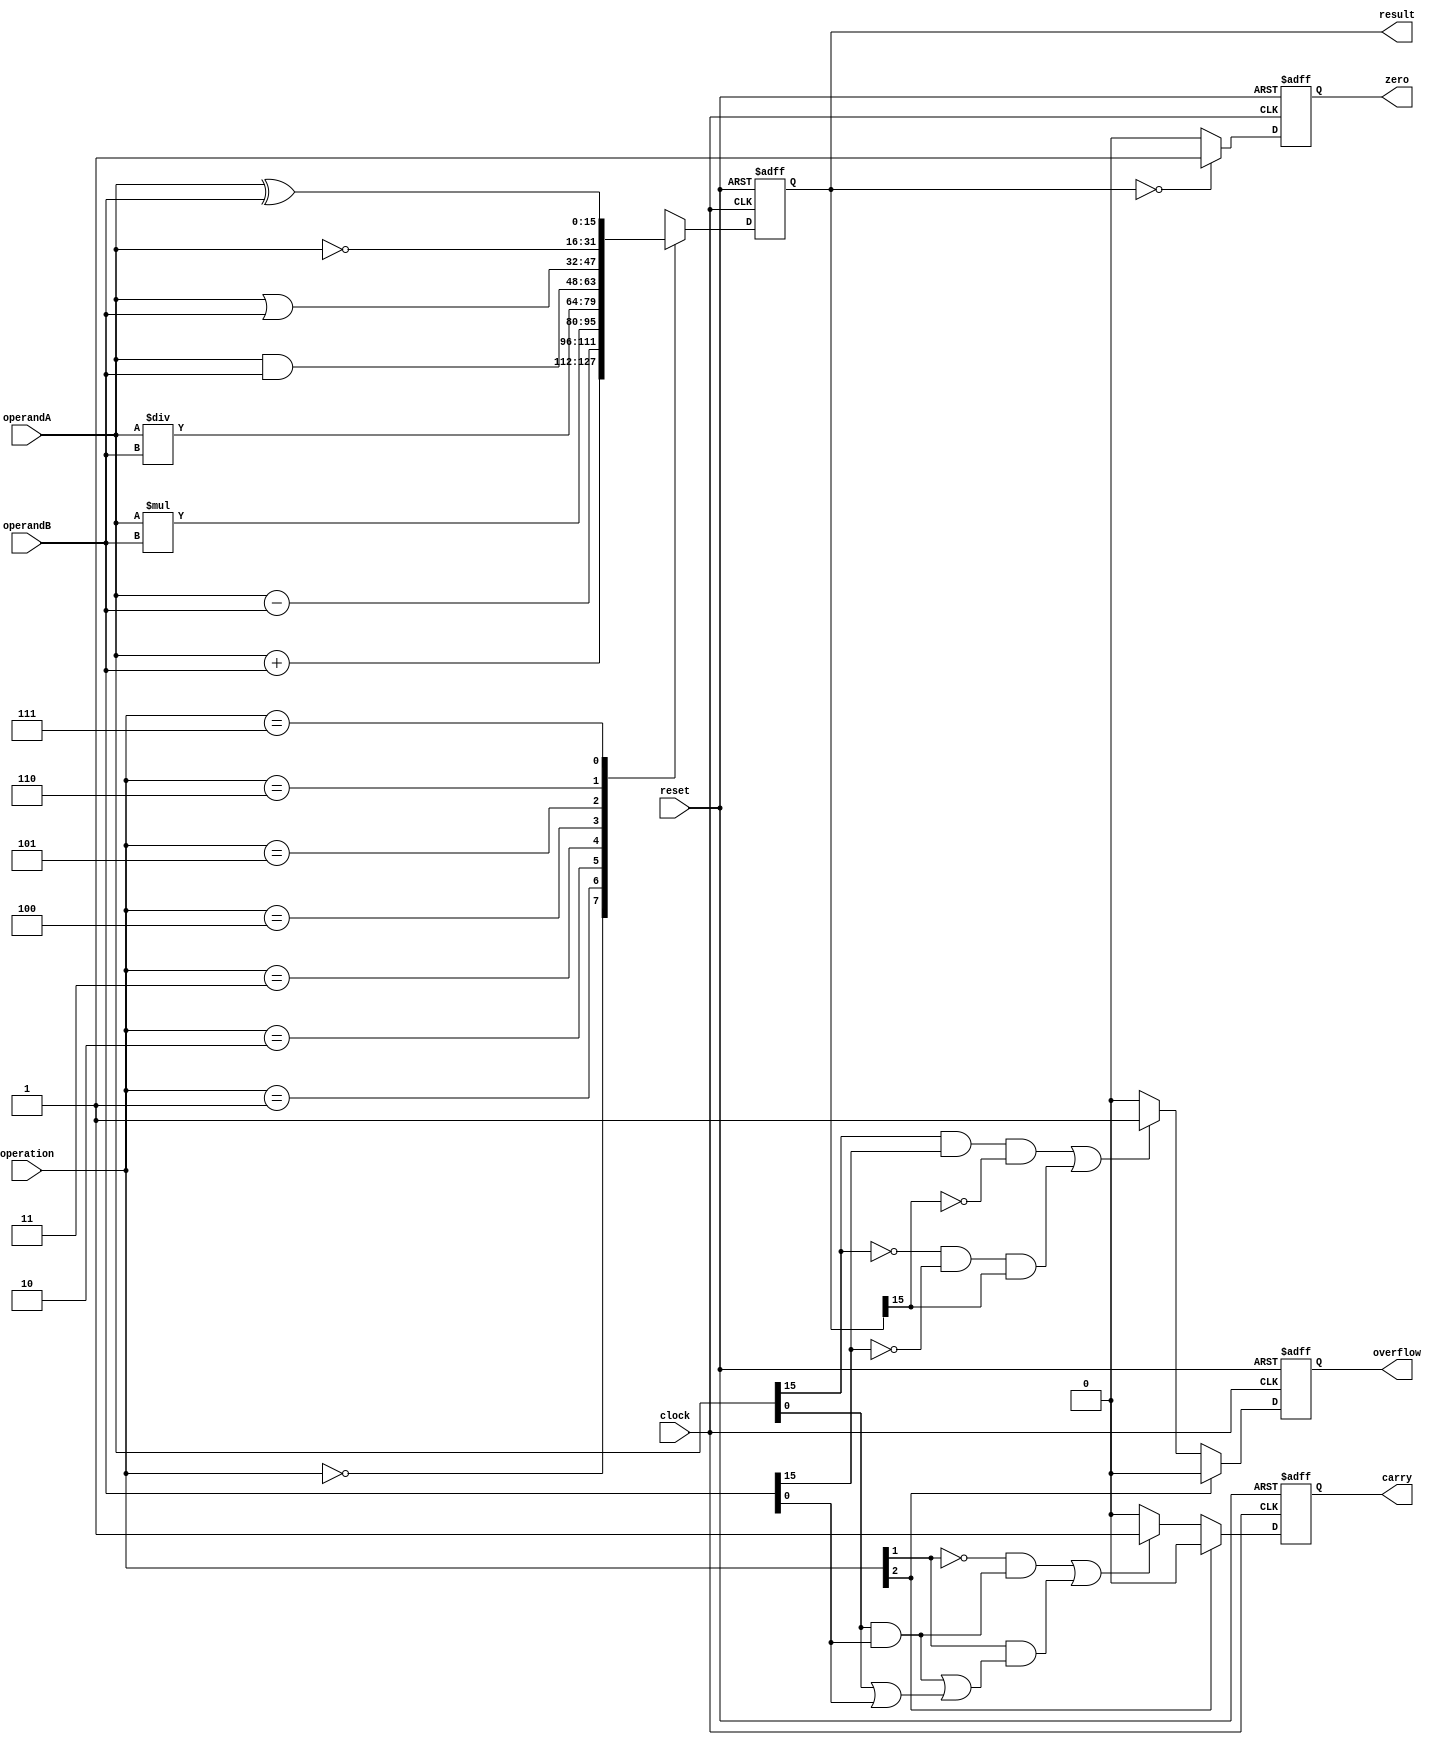
module ALU_16bit (
    input [15:0] operandA,
    input [15:0] operandB,
    input [2:0] operation,
    input clock,
    input reset,
    output reg [15:0] result,
    output reg overflow,
    output reg carry,
    output reg zero
);

always @(posedge clock or posedge reset) begin
    if (reset) begin
        result <= 16'b0;
        overflow <= 1'b0;
        carry <= 1'b0;
        zero <= 1'b1;
    end else begin
        case(operation)
            3'b000: result <= operandA + operandB; // Addition
            3'b001: result <= operandA - operandB; // Subtraction
            3'b010: result <= operandA * operandB; // Multiplication
            3'b011: result <= operandA / operandB; // Division
            3'b100: result <= operandA & operandB; // AND
            3'b101: result <= operandA | operandB; // OR
            3'b110: result <= ~operandA; // NOT
            3'b111: result <= operandA ^ operandB; // XOR
        endcase
        
        if (operation[2] == 1'b0) begin
            if ((operandA[15] & operandB[15] & ~result[15]) | (~operandA[15] & ~operandB[15] & result[15])) begin
                overflow <= 1'b1;
            end else begin
                overflow <= 1'b0;
            end
        end else begin
            overflow <= 1'b0;
        end
        
        if (operation[2] == 1'b0) begin
            if ((operation[1] == 1'b0 && (operandA[0] & operandB[0])) | (operation[1] == 1'b1 && ((operandA[0] & operandB[0]) | (operandA[0] | operandB[0])))) begin
                carry <= 1'b1;
            end else begin
                carry <= 1'b0;
            end
        end else begin
            carry <= 1'b0;
        end
        
        if(result == 16'b0) begin
            zero <= 1'b1;
        end else begin
            zero <= 1'b0;
        end
    end
end

endmodule